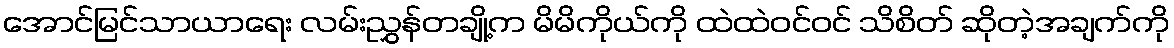
အောင်မြင်သာယာရေး လမ်းညွှန်တချို့က မိမိကိုယ်ကို ထဲထဲဝင်ဝင် သိစိတ် ဆိုတဲ့အချက်ကို